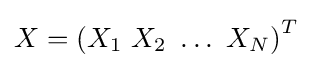
X=\left(X_{1}~X_{2}~\ldots ~X_{N}\right)^{T}